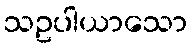
သဥပါယာသော